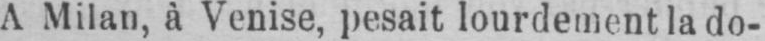
A Milan, à Venise, pesait lourdement la do-